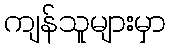
ကျန်သူများမှာ